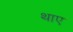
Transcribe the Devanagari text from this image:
थाए